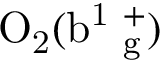
\mathrm { O _ { 2 } ( b ^ { 1 } \Sigma _ { g } ^ { + } ) }